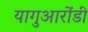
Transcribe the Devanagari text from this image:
यागुआरोंडी